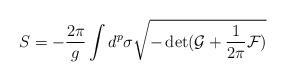
LaTeX: \begin{align*}S=-\frac{2\pi}{g}\int d^{p}\sigma \sqrt{-\det(\mathcal{G}+\frac{1}{2\pi}\mathcal{F})}\end{align*}